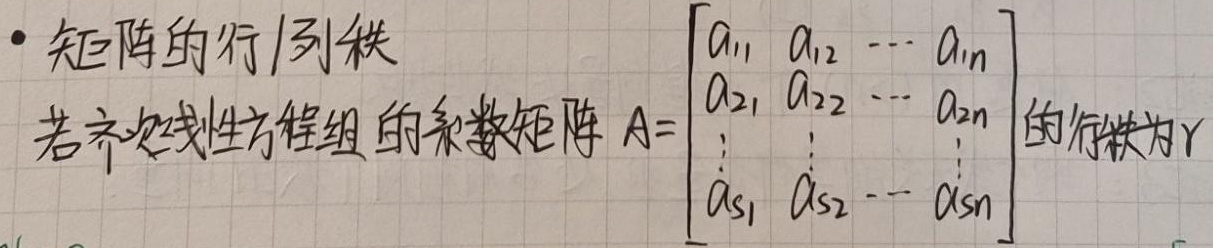
- 矩阵的行/列秩：若齐次线性方程组的系数矩阵 \(A = \begin{bmatrix}a_{11} & a_{12} & \cdots & a_{1n}\\a_{21} & a_{22} & \cdots & a_{2n}\\\vdots & \vdots & & \vdots\\a_{s1} & a_{s2} & \cdots & a_{sn}\end{bmatrix}\) 的行秩为 \(r\)